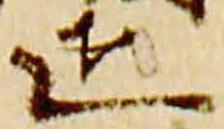
正